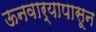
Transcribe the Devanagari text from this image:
ऊनवार्‍यापासून